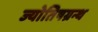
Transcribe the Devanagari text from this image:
ज्योतिषग्रन्थ